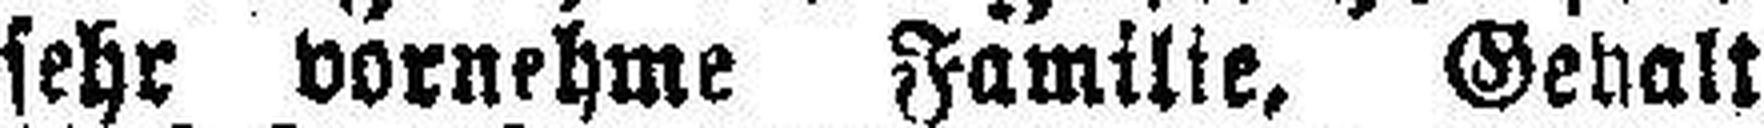
sehr vornehme Familie, Gehalt